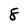
Character: 8